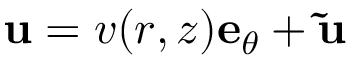
\mathbf { u } = v ( r , z ) \mathbf { e } _ { \theta } + \mathbf { \tilde { { u } } }